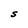
Character: S